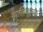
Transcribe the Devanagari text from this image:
व्यक्तिमूलक